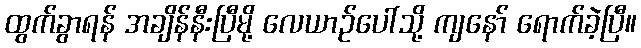
ထွက်ခွာရန် အချိန်နီးပြီမို့ လေယာဉ်ပေါ်သို့ ကျနော် ရောက်ခဲ့ပြီ။